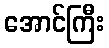
အောင်ကြီး